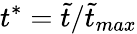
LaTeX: t^{*}=\tilde{t}/\tilde{t}_{max}